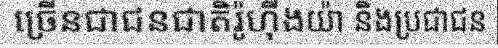
ច្រើនជាជនជាតិរ៉ូហ៊ីងយ៉ា និងប្រជាជន